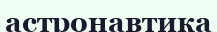
астронавтика